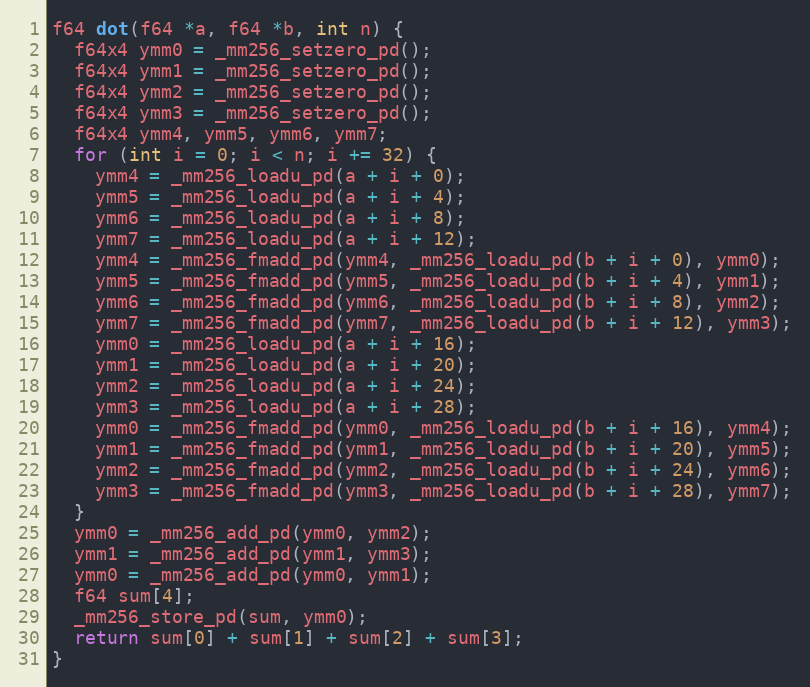
Language: C++
f64 dot(f64 *a, f64 *b, int n) {
  f64x4 ymm0 = _mm256_setzero_pd();
  f64x4 ymm1 = _mm256_setzero_pd();
  f64x4 ymm2 = _mm256_setzero_pd();
  f64x4 ymm3 = _mm256_setzero_pd();
  f64x4 ymm4, ymm5, ymm6, ymm7;
  for (int i = 0; i < n; i += 32) {
    ymm4 = _mm256_loadu_pd(a + i + 0);
    ymm5 = _mm256_loadu_pd(a + i + 4);
    ymm6 = _mm256_loadu_pd(a + i + 8);
    ymm7 = _mm256_loadu_pd(a + i + 12);
    ymm4 = _mm256_fmadd_pd(ymm4, _mm256_loadu_pd(b + i + 0), ymm0);
    ymm5 = _mm256_fmadd_pd(ymm5, _mm256_loadu_pd(b + i + 4), ymm1);
    ymm6 = _mm256_fmadd_pd(ymm6, _mm256_loadu_pd(b + i + 8), ymm2);
    ymm7 = _mm256_fmadd_pd(ymm7, _mm256_loadu_pd(b + i + 12), ymm3);
    ymm0 = _mm256_loadu_pd(a + i + 16);
    ymm1 = _mm256_loadu_pd(a + i + 20);
    ymm2 = _mm256_loadu_pd(a + i + 24);
    ymm3 = _mm256_loadu_pd(a + i + 28);
    ymm0 = _mm256_fmadd_pd(ymm0, _mm256_loadu_pd(b + i + 16), ymm4);
    ymm1 = _mm256_fmadd_pd(ymm1, _mm256_loadu_pd(b + i + 20), ymm5);
    ymm2 = _mm256_fmadd_pd(ymm2, _mm256_loadu_pd(b + i + 24), ymm6);
    ymm3 = _mm256_fmadd_pd(ymm3, _mm256_loadu_pd(b + i + 28), ymm7);
  }
  ymm0 = _mm256_add_pd(ymm0, ymm2);
  ymm1 = _mm256_add_pd(ymm1, ymm3);
  ymm0 = _mm256_add_pd(ymm0, ymm1);
  f64 sum[4];
  _mm256_store_pd(sum, ymm0);
  return sum[0] + sum[1] + sum[2] + sum[3];
}